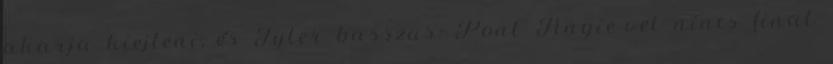
akarja kiejteni, és Tyler basszus: Pont Angie-vel nincs final